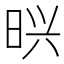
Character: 𭥽